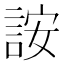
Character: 𬢨